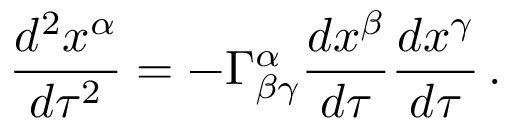
{ \frac { d ^ { 2 } x ^ { \alpha } } { d \tau ^ { 2 } } } = - \Gamma _ { \beta \gamma } ^ { \alpha } { \frac { d x ^ { \beta } } { d \tau } } { \frac { d x ^ { \gamma } } { d \tau } } \, .